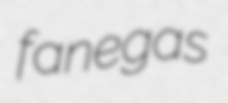
fanegas